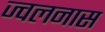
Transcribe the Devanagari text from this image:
ज्वलनास